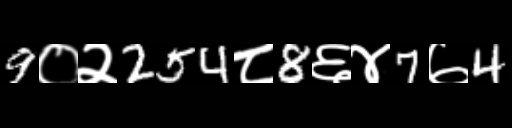
Text: 9०२254८8६४7७4